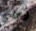
أجاي